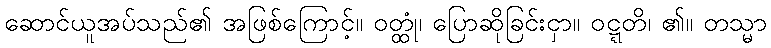
ဆောင်ယူအပ်သည်၏ အဖြစ်ကြောင့်။ ဝတ္ထုံ၊ ပြောဆိုခြင်းငှာ။ ဝဋ္ဋတိ၊ ၏။ တသ္မာ